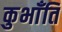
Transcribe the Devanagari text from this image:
कुभाँति